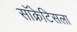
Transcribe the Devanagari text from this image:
सॉक्रेटिसला